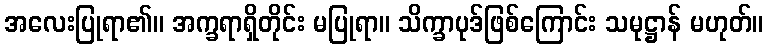
အလေးပြုရာ၏။ အက္ခရာရှိတိုင်း မပြုရာ။ သိက္ခာပုဒ်ဖြစ်ကြောင်း သမုဋ္ဌာန် မဟုတ်။